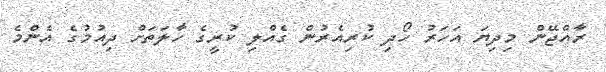
ރާއްޖޭން މިދިޔަ އަހަރު ހޯދި ކުރިއެރުން ގެއްލި ކުރީގެ ހާލަތަށް ދިއުމުގެ އެންމެ